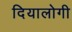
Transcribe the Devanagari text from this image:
दियालोगी